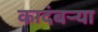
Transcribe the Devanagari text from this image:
कादंबऱ्‍या